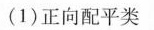
(1)正向配平类